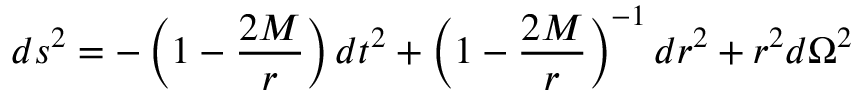
d s ^ { 2 } = - \left( 1 - \frac { 2 M } { r } \right) d t ^ { 2 } + \left( 1 - \frac { 2 M } { r } \right) ^ { - 1 } d r ^ { 2 } + r ^ { 2 } d \Omega ^ { 2 }